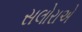
સલોરાએ